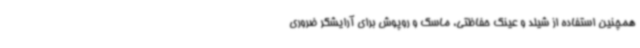
همچنین استفاده از شیلد و عینک حفاظتی، ماسک و روپوش برای آرایشگر ضروری